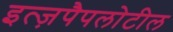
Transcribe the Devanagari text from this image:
इत्ज़पैपलोटील